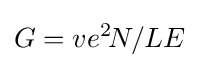
G=ve^{2}\!N/LE